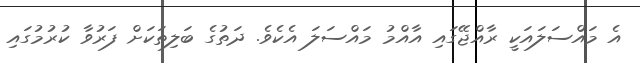
އެ މައްސަލައަކީ ރާއްޖޭގައި އާއްމު މައްސަލަ އެކެވެ. ދަތުގެ ބަލިތަކަށް ފަރުވާ ކުރުމުގައި